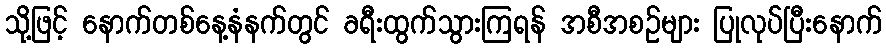
သို့ဖြင့် နောက်တစ်နေ့နံနက်တွင် ခရီးထွက်သွားကြရန် အစီအစဉ်များ ပြုလုပ်ပြီးနောက်